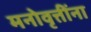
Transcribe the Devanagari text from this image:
मनोवृत्तींना